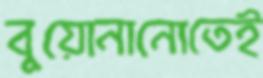
বুয়োনানোতেই